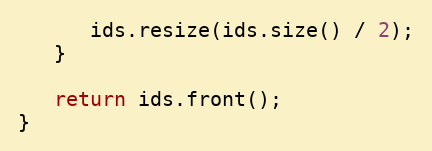
Language: C++
      ids.resize(ids.size() / 2);
   }

   return ids.front();
}